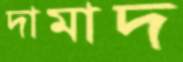
দামাদ